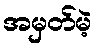
အမှတ်မဲ့